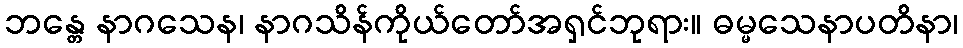
ဘန္တေ နာဂသေန၊ နာဂသိန်ကိုယ်တော်အရှင်ဘုရား။ ဓမ္မသေနာပတိနာ၊